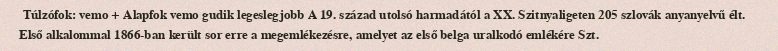
Túlzófok: vemo + Alapfok vemo gudik legeslegjobb A 19. század utolsó harmadától a XX. Szitnyaligeten 205 szlovák anyanyelvű élt. Első alkalommal 1866-ban került sor erre a megemlékezésre, amelyet az első belga uralkodó emlékére Szt.